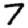
Digit: 7